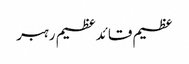
عظیم قائدعظیم رہبر